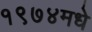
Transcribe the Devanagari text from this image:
१९७४मधे